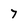
Character: 7